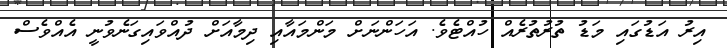
އިރު އަޑުގައި މަޑު ތުރުތުރެއް ހުއްޓެވެ. އަހަންނަށް މަންމައާއި ދިމާއަށް ދުއްވައިގަނެވުނީ އެއްވެސް